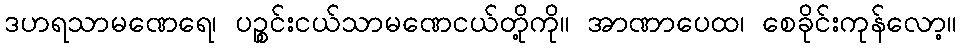
ဒဟရသာမဏေရေ၊ ပဉ္စင်းငယ်သာမဏေငယ်တို့ကို။ အာဏာပေထ၊ စေခိုင်းကုန်လော့။